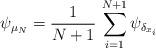
LaTeX: \begin{align*}\psi_{\mu_N}=\frac 1{N+1}\, \sum_{i=1}^{N+1} \psi_{\delta_{x_i}}\end{align*}